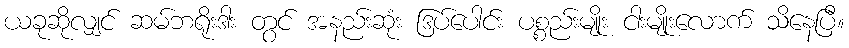
ယခုဆိုလျှင် ဆမ်ဘရိုးဒါး တွင် အနည်းဆုံး ဒြပ်ပေါင်း ပစ္စည်းမျိုး ငါးမျိုးလောက် သိနေပြီ။